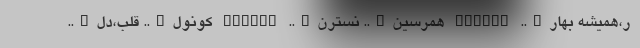
ر،همیشه بهار….. GNDYAZ همرسین….. نسترن….. HMRSIN کونول….. قلب،دل…..